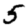
Digit: 5